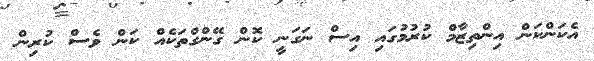
އެކަންކަން އިންތިޒާމް ކުރުމުގައި އިސް ނަގަނީ ކޮން ގޭންގްތަކެއް ކަން ވެސް ކުރިން